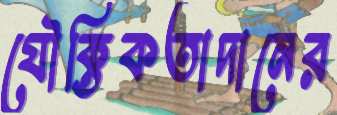
যৌক্তিকতাদানের